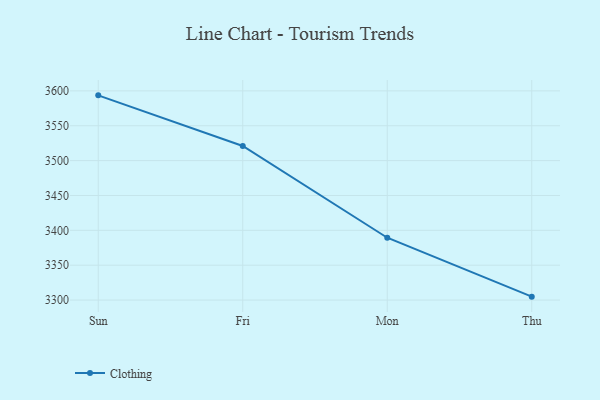
{"axis": {"x": "Day", "y": "Revenue (USD Million)"}, "legend": ["Clothing"], "data": [{"x": "Sun", "y": 3593.6, "type": "Clothing"}, {"x": "Fri", "y": 3521.0, "type": "Clothing"}, {"x": "Mon", "y": 3389.4, "type": "Clothing"}, {"x": "Thu", "y": 3304.9, "type": "Clothing"}]}